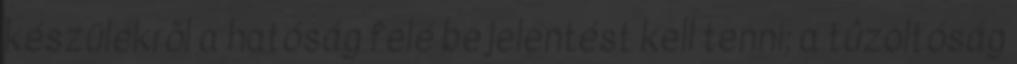
készülékrõl a hatóság felé bejelentést kell tenni; a tûzoltóság